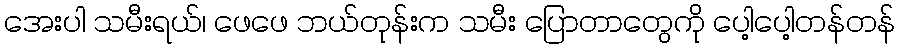
အေးပါ သမီးရယ်၊ ဖေဖေ ဘယ်တုန်းက သမီး ပြောတာတွေကို ပေါ့ပေါ့တန်တန်